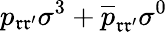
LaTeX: p_{\mathfrak{r}\mathfrak{r}^{\prime}}\sigma^{3}+\overline{{{p}}}_{\mathfrak{r}\mathfrak{r}^{\prime}}\sigma^{0}